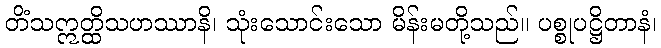
တိံသဣတ္ထိသဟဿာနိ၊ သုံးသောင်းသော မိန်းမတို့သည်။ ပစ္စုပဋ္ဌိတာနံ၊